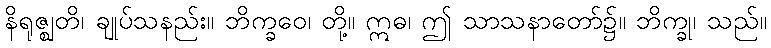
နိရုဇ္ဈတိ၊ ချုပ်သနည်း။ ဘိက္ခဝေ၊ တို့။ ဣဓ၊ ဤ သာသနာတော်၌။ ဘိက္ခု၊ သည်။